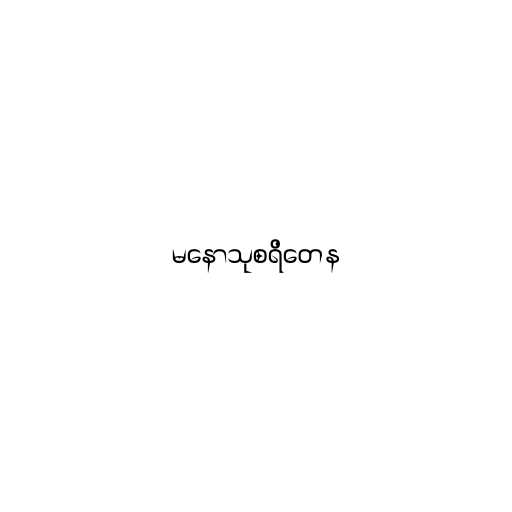
မနောသုစရိတေန